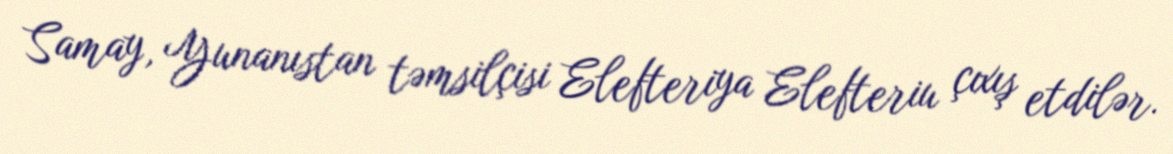
Samay, Yunanıstan təmsilçisi Elefteriya Elefteriu çıxış etdilər.